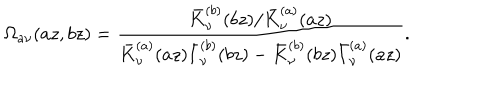
LaTeX: \Omega _ { a \nu } ( a z , b z ) = \frac { \bar { K } _ { \nu } ^ { ( b ) } ( b z ) / \bar { K } _ { \nu } ^ { ( a ) } ( a z ) } { \bar { K } _ { \nu } ^ { ( a ) } ( a z ) \bar { I } _ { \nu } ^ { ( b ) } ( b z ) - \bar { K } _ { \nu } ^ { ( b ) } ( b z ) \bar { I } _ { \nu } ^ { ( a ) } ( a z ) } .